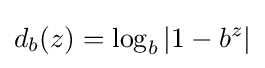
d_{b}(z)=\log _{b}|1-b^{z}|